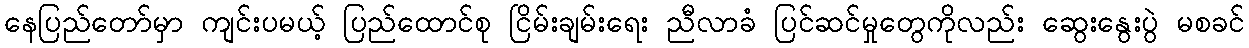
နေပြည်တော်မှာ ကျင်းပမယ့် ပြည်ထောင်စု ငြိမ်းချမ်းရေး ညီလာခံ ပြင်ဆင်မှုတွေကိုလည်း ဆွေးနွေးပွဲ မစခင်